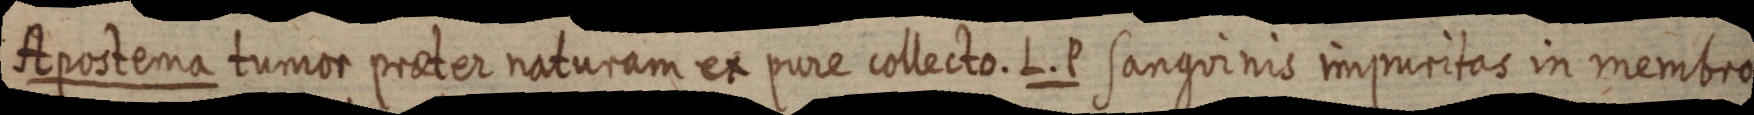
Apostema tumor praeter naturam ex pure collecto. L. P sanguinis impuritas in membro